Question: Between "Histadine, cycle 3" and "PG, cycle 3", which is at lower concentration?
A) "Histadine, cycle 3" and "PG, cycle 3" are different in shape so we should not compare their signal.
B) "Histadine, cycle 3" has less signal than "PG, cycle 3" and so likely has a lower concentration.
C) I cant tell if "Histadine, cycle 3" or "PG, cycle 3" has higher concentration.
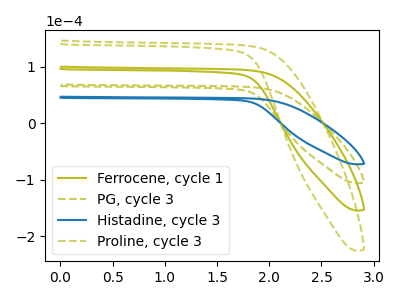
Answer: <think>The olive curve "Ferrocene, cycle 1" has no peaks. The olive dashed curve "PG, cycle 3" has no peaks. The blue curve "Histadine, cycle 3" has no peaks. The olive dashed curve "Proline, cycle 3" has no peaks.
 Neither "Histadine, cycle 3" or "PG, cycle 3" have any peaks.</think>
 <answer>C) I cant tell if "Histadine, cycle 3" or "PG, cycle 3" has higher concentration.</answer>
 <eval>C</eval>